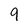
Character: 9